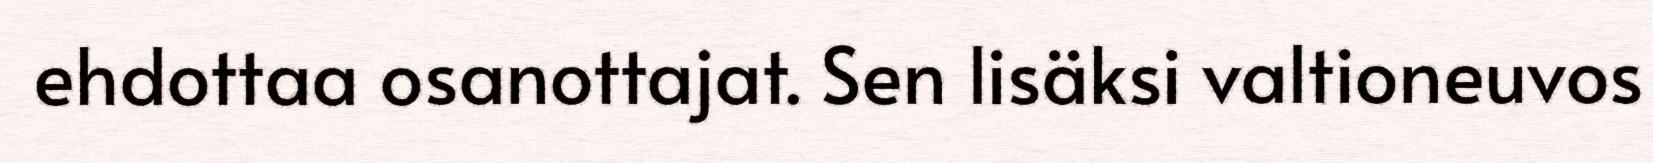
ehdottaa osanottajat. Sen lisäksi valtioneuvos